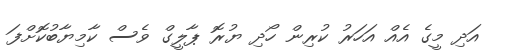
އަދި މީގެ އެއް އަހަރު ކުރިން ހޯދި ޔުރޮ ޕާލީގް ވެސް ކާމިޔާބުކޮށްފަ